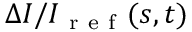
\Delta I / I _ { \mathrm { ~ r ~ e ~ f ~ } } ( s , t )